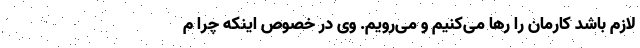
لازم باشد کارمان را رها می‌کنیم و می‌رویم. وی در خصوص اینکه چرا م